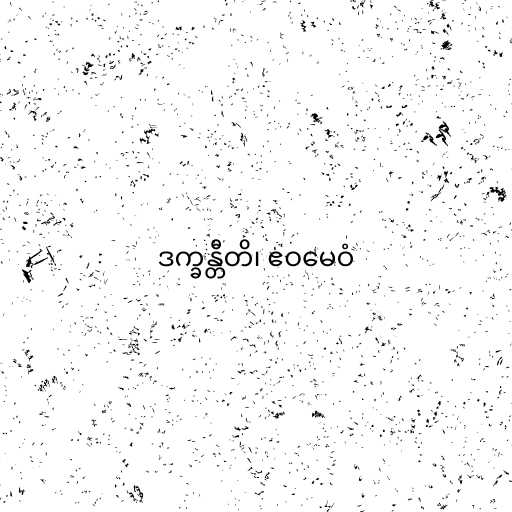
ဒက္ခန္တီတိ၊ ဧဝမေဝံ